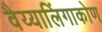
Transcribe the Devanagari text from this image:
वैय्यालिंगाकोण